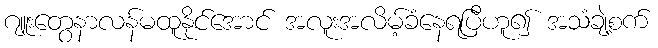
ဂျူးတွေနာလန်မထူနိုင်အောင် အလူးအလိမ့်ခံနေရပြီဟူ၍ အသံချဲ့စက်